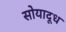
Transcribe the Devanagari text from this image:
सोयादूध